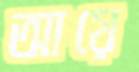
আয়ে